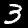
Label: 3